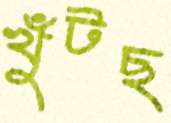
খুঁটছ